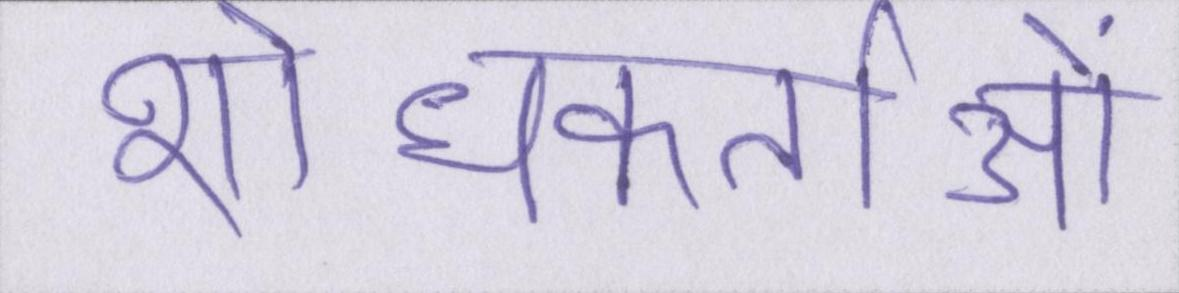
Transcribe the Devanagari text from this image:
शोधकर्ताओं